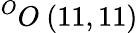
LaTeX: ^{O}O\ (11,11)